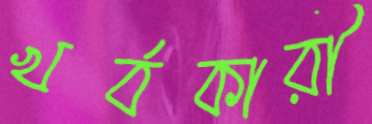
খর্বকারী